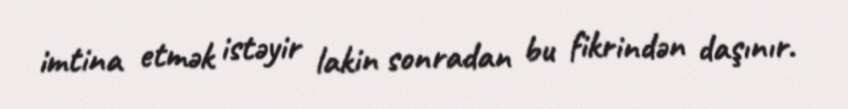
imtina etmək istəyir lakin sonradan bu fikrindən daşınır.